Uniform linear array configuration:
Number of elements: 8
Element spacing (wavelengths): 1
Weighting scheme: hann
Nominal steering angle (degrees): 60
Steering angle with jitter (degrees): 61.807
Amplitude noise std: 0.05
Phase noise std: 0.05

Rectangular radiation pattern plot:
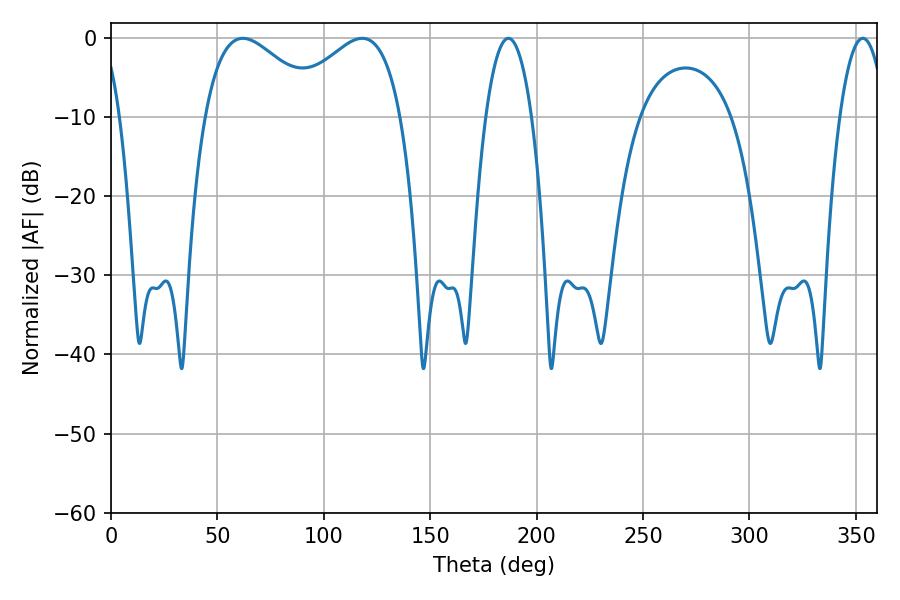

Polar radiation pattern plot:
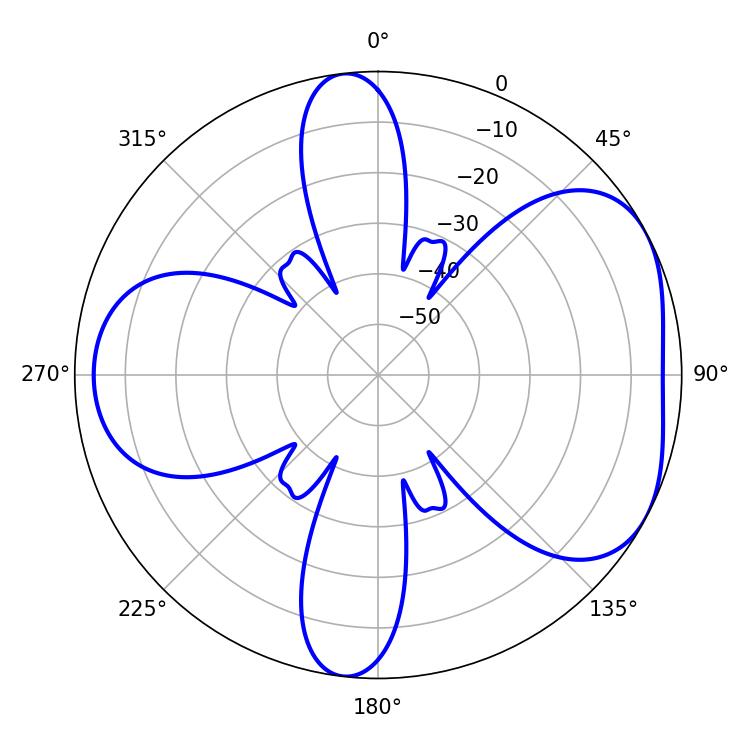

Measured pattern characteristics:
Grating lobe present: TRUE
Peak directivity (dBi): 4.861
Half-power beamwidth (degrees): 29.88
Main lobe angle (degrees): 61.92